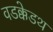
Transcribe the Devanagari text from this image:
वडक्केडथ